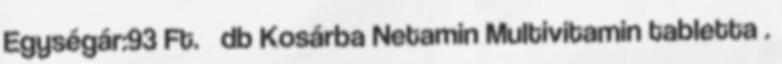
Egységár:93 Ft. db Kosárba Netamin Multivitamin tabletta .